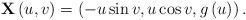
LaTeX: \begin{align*}\mathbf{X}\left( u,v\right) =\left( -u\sin v,u\cos v,g\left( u\right)\right) . \end{align*}